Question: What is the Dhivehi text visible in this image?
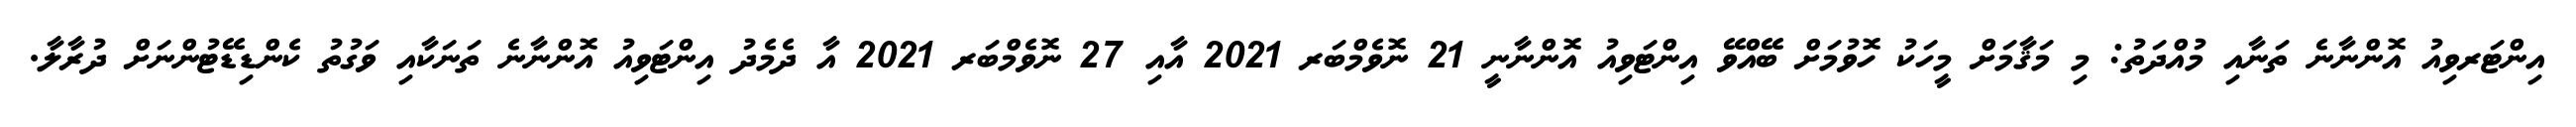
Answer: އިންޓަރވިއު އޮންނާނެ ތަނާއި މުއްދަތު: މި މަޤާމަށް މީހަކު ހޮވުމަށް ބޭއްވޭ އިންޓަވިއު އޮންނާނީ 21 ނޮވެމްބަރ 2021 އާއި 27 ނޮވެމްބަރ 2021 އާ ދެމެދު އިންޓަވިއު އޮންނާނެ ތަނަކާއި ވަގުތު ކެންޑިޑޭޓުންނަށް ދުރާލާ.